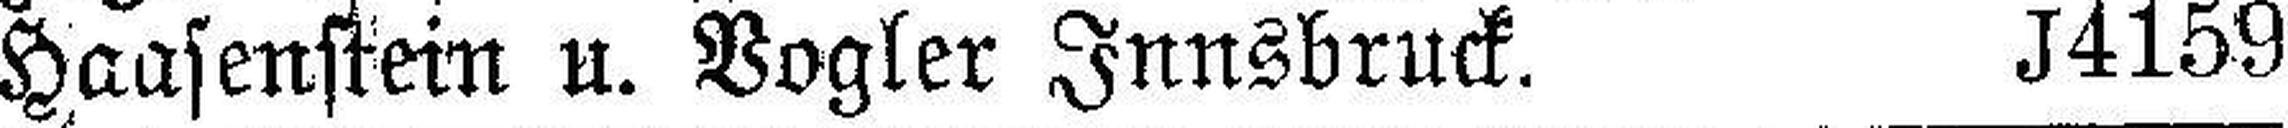
Haasenstein u. Vogler Innsbruck. J4159